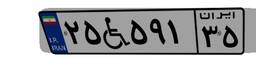
۲۵W۵۹۱۳۵